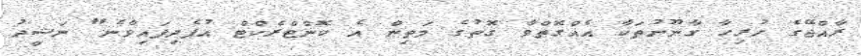
ރާއްޖޭގެ ހުރިހާ ގާނޫނުތަކާ އެއްގޮތްވާ ގޮތުގެ މަތިން އެ ކޮންޓްރެކްޓް އުފެދިފައިވާނެ" ނަޝީދު